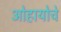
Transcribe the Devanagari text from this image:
ओहायोचे